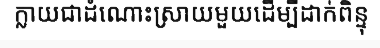
ក្លាយជាដំណោះស្រាយមួយដើម្បីដាក់ពិន្ទុ